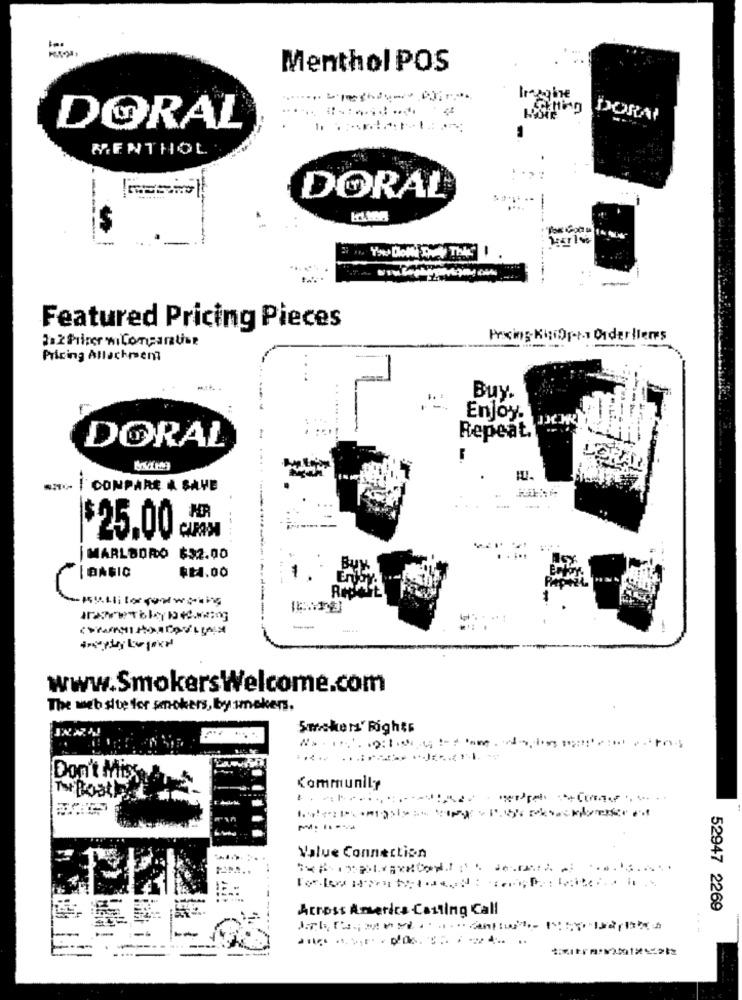
Menthol POS
DORAI
DORAL
MENTHOL
DORAL
Featured Pricing Pieces
Jak Priser niConcaratise
Presing KisiOrta Orderliers
---
Pricing Allachment
Buy.
Enjoy.
DORAL
Repeat.
LORAD
CONPARE A SAVE
MR
$25.00
....
MARLBORO $32.00
$24.00
BASIC
www.SmokersWelcome.com
The web site for smokers, by smokers,
Smokers' Fights
Don't Miss
Communily
ToBooth
Value Connection
Across America Casting Call
52947 2269
---